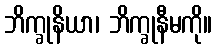
ဘိက္ခုနိယာ၊ ဘိက္ခုနီမကို။